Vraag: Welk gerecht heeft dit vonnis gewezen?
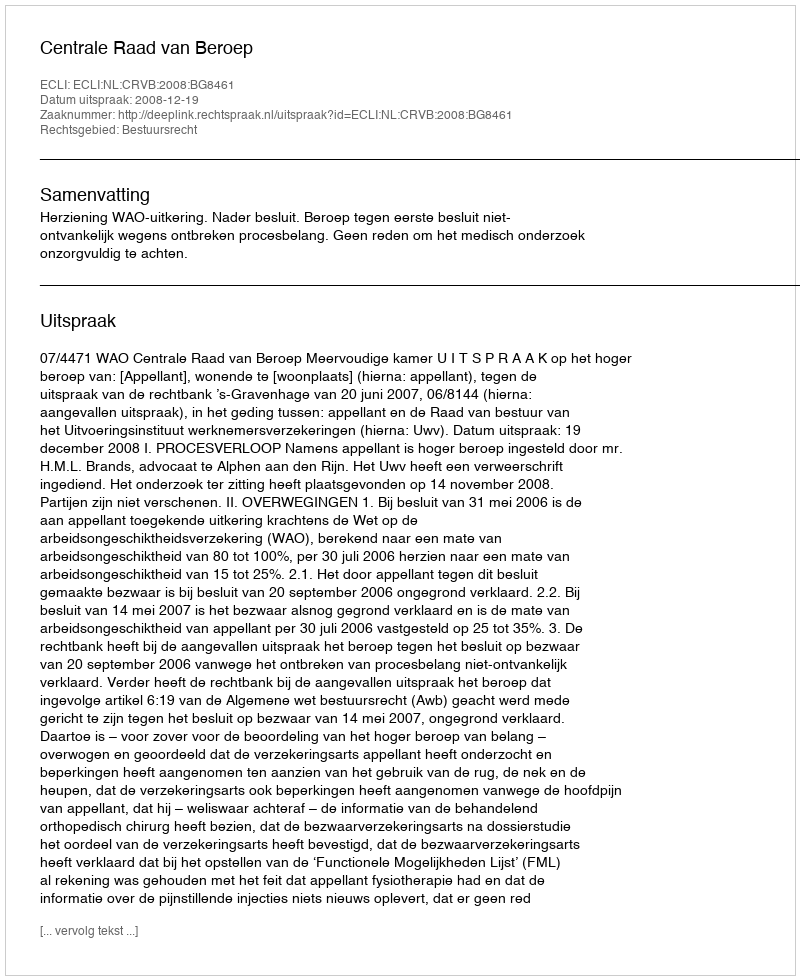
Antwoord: Centrale Raad van Beroep